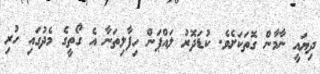
ދިޔައީ ނާމާން ގޮތަކަށެވެ. ކުޑަދޮރު ލައްޕަން ހިފާލިތަނާ އެ ގޯތީގެ މެދުގައި ހުރި